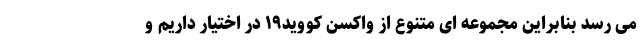
می رسد بنابراین مجموعه ای متنوع از واکسن کووید۱۹ در اختیار داریم و